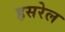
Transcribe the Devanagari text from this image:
हसरेल